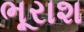
ભૂરાશ